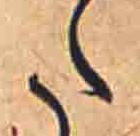
た